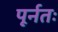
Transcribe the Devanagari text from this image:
पूर्नतः